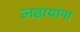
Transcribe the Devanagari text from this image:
लढायांना